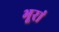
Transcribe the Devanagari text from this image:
भूरां